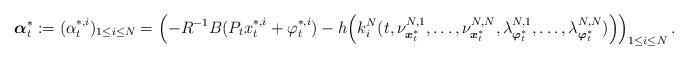
LaTeX: \begin{align*}\boldsymbol{\alpha}_t^*:=(\alpha_t^{*,i})_{1\leq i\leq N}=\left(-R^{-1}B(P_tx_t^{*,i}+\varphi_t^{*,i})-h\Big(k_i^N(t,\nu^{N,1}_{\boldsymbol{x}^*_t},\ldots,\nu^{N,N}_{\boldsymbol{x}^*_t},\lambda^{N,1}_{\boldsymbol{\varphi}^*_t},\ldots,\lambda^{N,N}_{\boldsymbol{\varphi}^*_t})\Big)\right)_{1\leq i\leq N}.\end{align*}